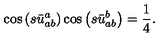
\cos \left( s \bar { u } _ { a b } ^ { a } \right) \cos \left( s \bar { u } _ { a b } ^ { b } \right) = \frac { 1 } { 4 } .